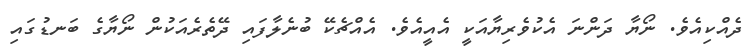
ދެއްކިއެވެ. ނޯޔާ ދަންނަ އެކުވެރިޔާއަކީ އެއީއެވެ. އެއްޗެކޭ ބުނެލާފައި ދޭތެރެއަކުން ނޯޔާގެ ބަނޑުގައި